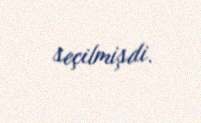
seçilmişdi.